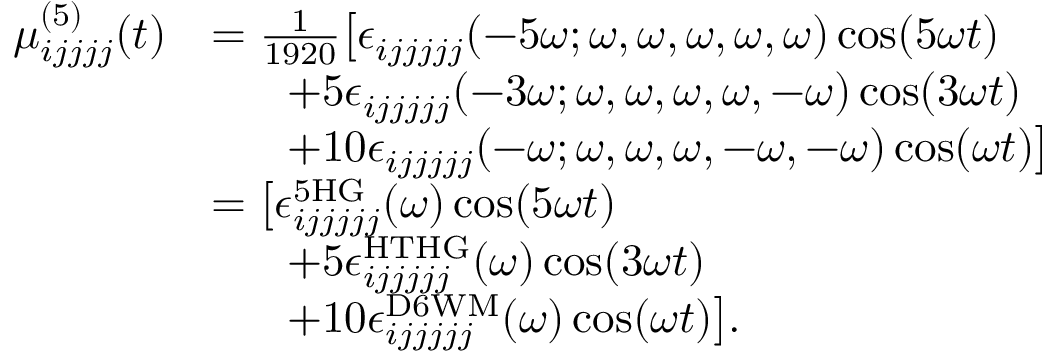
\begin{array} { r l } { \mu _ { i j j j j } ^ { ( 5 ) } ( t ) } & { = \frac { 1 } { 1 9 2 0 } \big [ \epsilon _ { i j j j j j } ( - 5 \omega ; \omega , \omega , \omega , \omega , \omega ) \cos ( 5 \omega t ) } \\ & { \; \; \; \; \; \; + 5 \epsilon _ { i j j j j j } ( - 3 \omega ; \omega , \omega , \omega , \omega , - \omega ) \cos ( 3 \omega t ) } \\ & { \; \; \; \; \; \; + 1 0 \epsilon _ { i j j j j j } ( - \omega ; \omega , \omega , \omega , - \omega , - \omega ) \cos ( \omega t ) \big ] } \\ & { = \big [ \epsilon _ { i j j j j j } ^ { \mathrm { 5 H G } } ( \omega ) \cos ( 5 \omega t ) } \\ & { \; \; \; \; \; \; + 5 \epsilon _ { i j j j j j } ^ { \mathrm { H T H G } } ( \omega ) \cos ( 3 \omega t ) } \\ & { \; \; \; \; \; \; + 1 0 \epsilon _ { i j j j j j } ^ { \mathrm { D 6 W M } } ( \omega ) \cos ( \omega t ) \big ] . } \end{array}